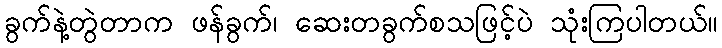
ခွက်နဲ့တွဲတာက ဖန်ခွက်၊ ဆေးတခွက်စသဖြင့်ပဲ သုံးကြပါတယ်။